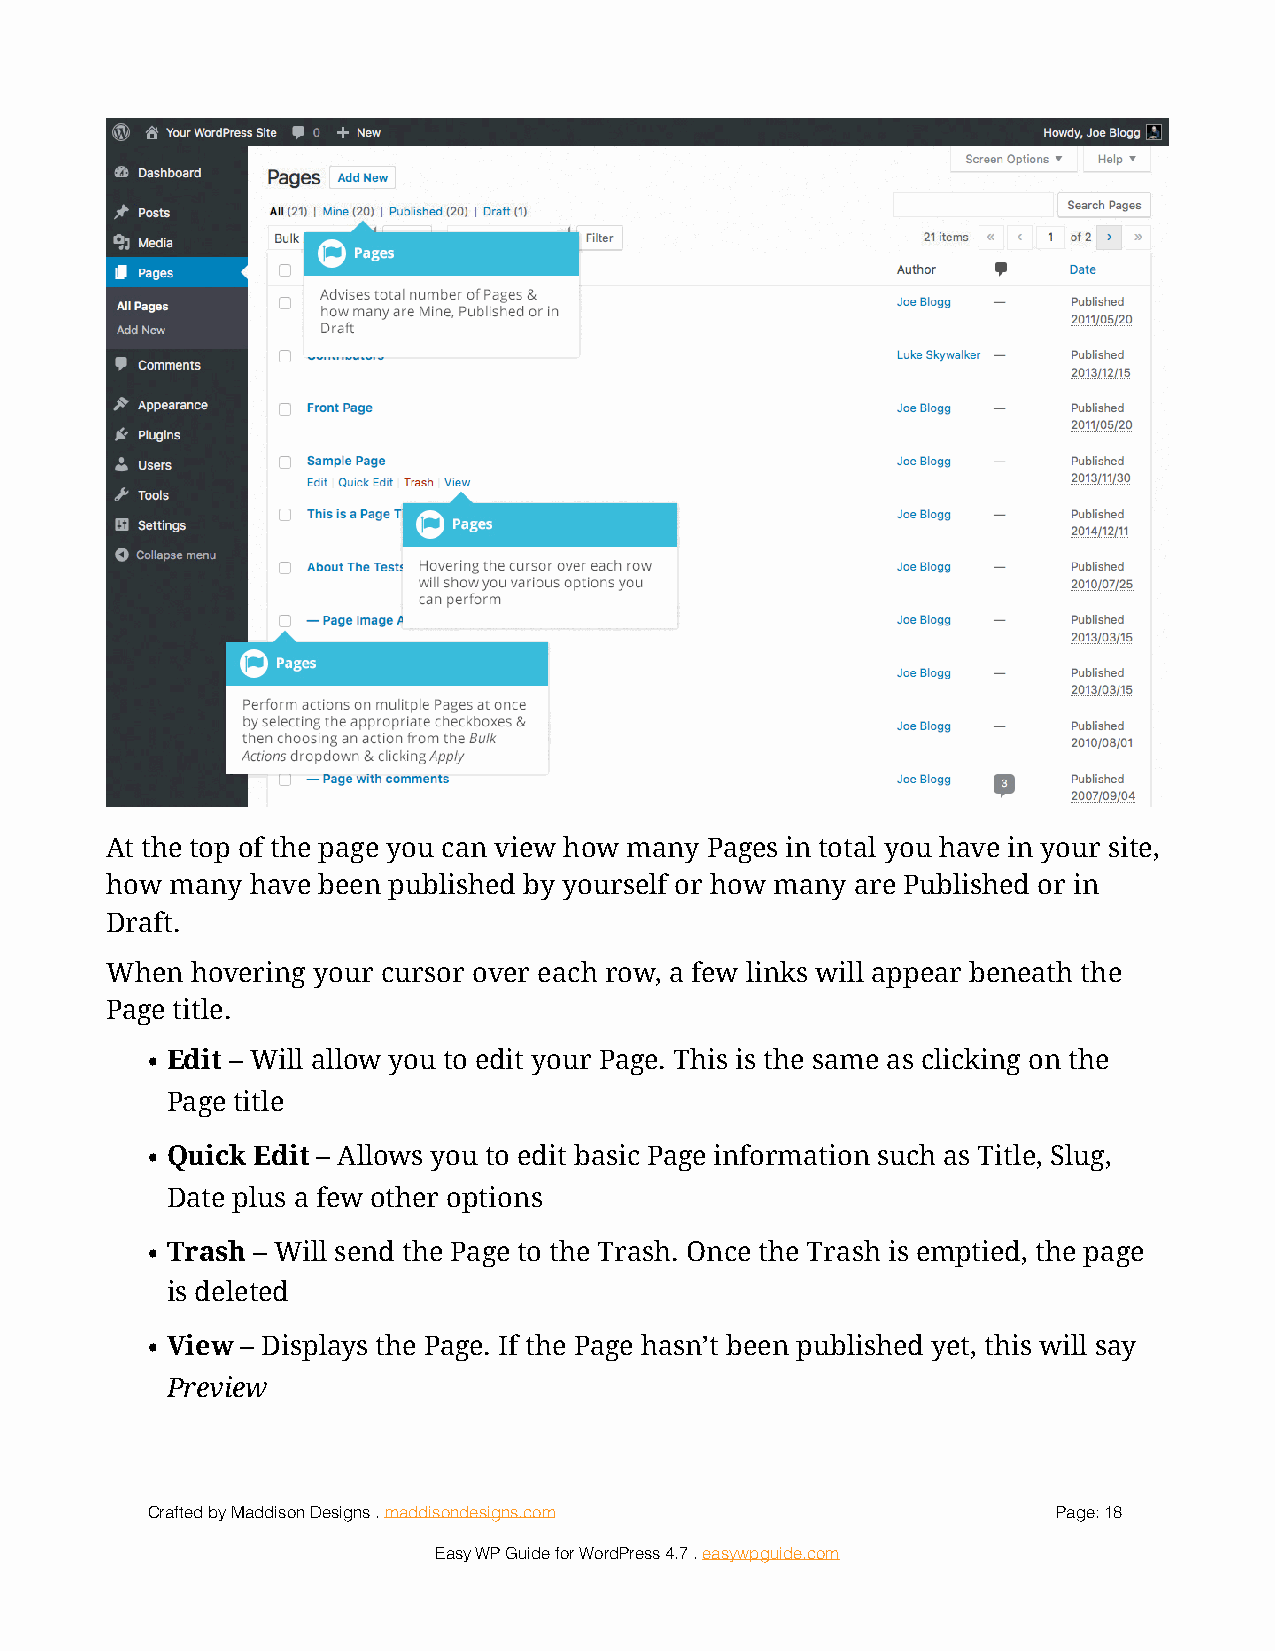
!
 At the top of the page you can view how many Pages in total you have in your site,
 how many  have been published by yourself or how many are Published or in
 Draft.
 When  hovering your cursor over each row, a few links will appear beneath the
 Page title.
 • Edit – Will allow you to edit your Page. This is the same as clicking on the
 Page title
 • Quick Edit – Allows you to edit basic Page information such as Title, Slug,
 Date plus a few other options
 • Trash – Will send the Page to the Trash. Once the Trash is emptied, the page
 is deleted
 • View – Displays the Page. If the Page hasn’t been published yet, this will say
 Preview
 Crafted by Maddison Designs . maddisondesigns.com           Page: 1 8
 Easy WP Guide for WordPress 4.7 . easywpguide.com